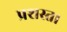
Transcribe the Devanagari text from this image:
प्रशस्त।